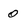
Character: 0